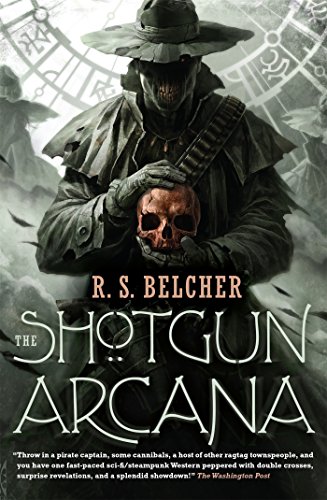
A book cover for The Shotgun Arcana; R. S. Belcher; Science Fiction & Fantasy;